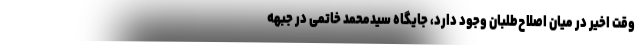
وقت اخیر در میان اصلاح‌طلبان وجود دارد، جایگاه سید‌محمد خاتمی در جبهه